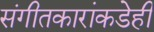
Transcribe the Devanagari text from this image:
संगीतकारांकडेही